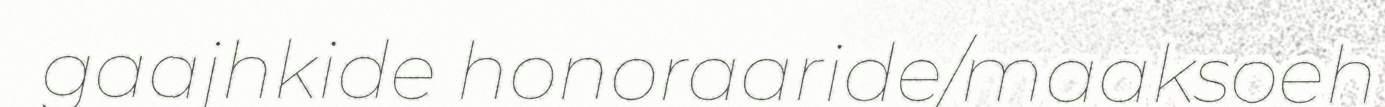
gaajhkide honoraaride/maaksoeh